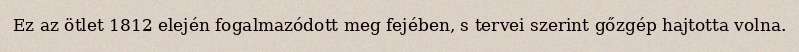
Ez az ötlet 1812 elején fogalmazódott meg fejében, s tervei szerint gőzgép hajtotta volna.